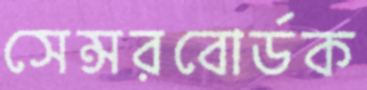
সেন্সরবোর্ডক